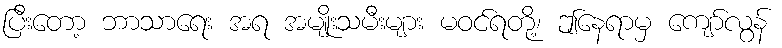
ပြီးတော့ ဘာသာရေး အရ အမျိုးသမီးများ မဝင်ရတို့၊ ဤနေရာမှ ကျော်လွန်